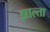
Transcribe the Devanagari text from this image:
झाल्ता